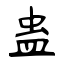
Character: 蛊